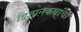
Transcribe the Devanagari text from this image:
विज्ञानकथांचा